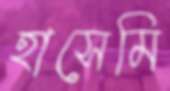
হাসেমি